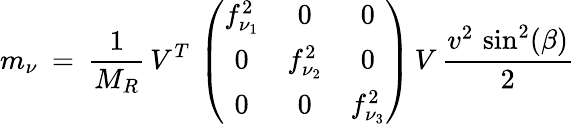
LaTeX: m_{\nu}\: =\: \frac{1}{M_{R}}\, V^{T}\, \left(\begin{array}{ccc}{{f_{\nu_{1}}^{2}}}&{{0}}&{{0}}\\ {{0}}&{{f_{\nu_{2}}^{2}}}&{{0}}\\ {{0}}&{{0}}&{{f_{\nu_{3}}^{2}}}\end{array}\right)\, V\, \frac{v^{2}\, \sin^{2}(\beta)}{2}\;